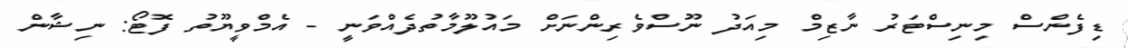
ޑިފެންސް މިނިސްޓަރު ނާޒިމް މިއަދު ނޫސްވެރިންނަށް މައުލޫމާތުދެއްވަނީ - އެމްވީޔޫތު ފޮޓޯ: ނިޝާން